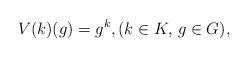
LaTeX: \begin{align*}V(k)(g) = g^k,(k\in K,\, g\in G),\end{align*}